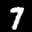
Label: 7